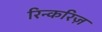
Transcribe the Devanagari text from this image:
रिन्करिज़